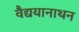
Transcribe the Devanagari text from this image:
वैद्ययानाथन